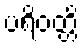
ပရိဝတ္တိ